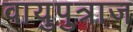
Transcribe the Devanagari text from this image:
वायुपुत्राज